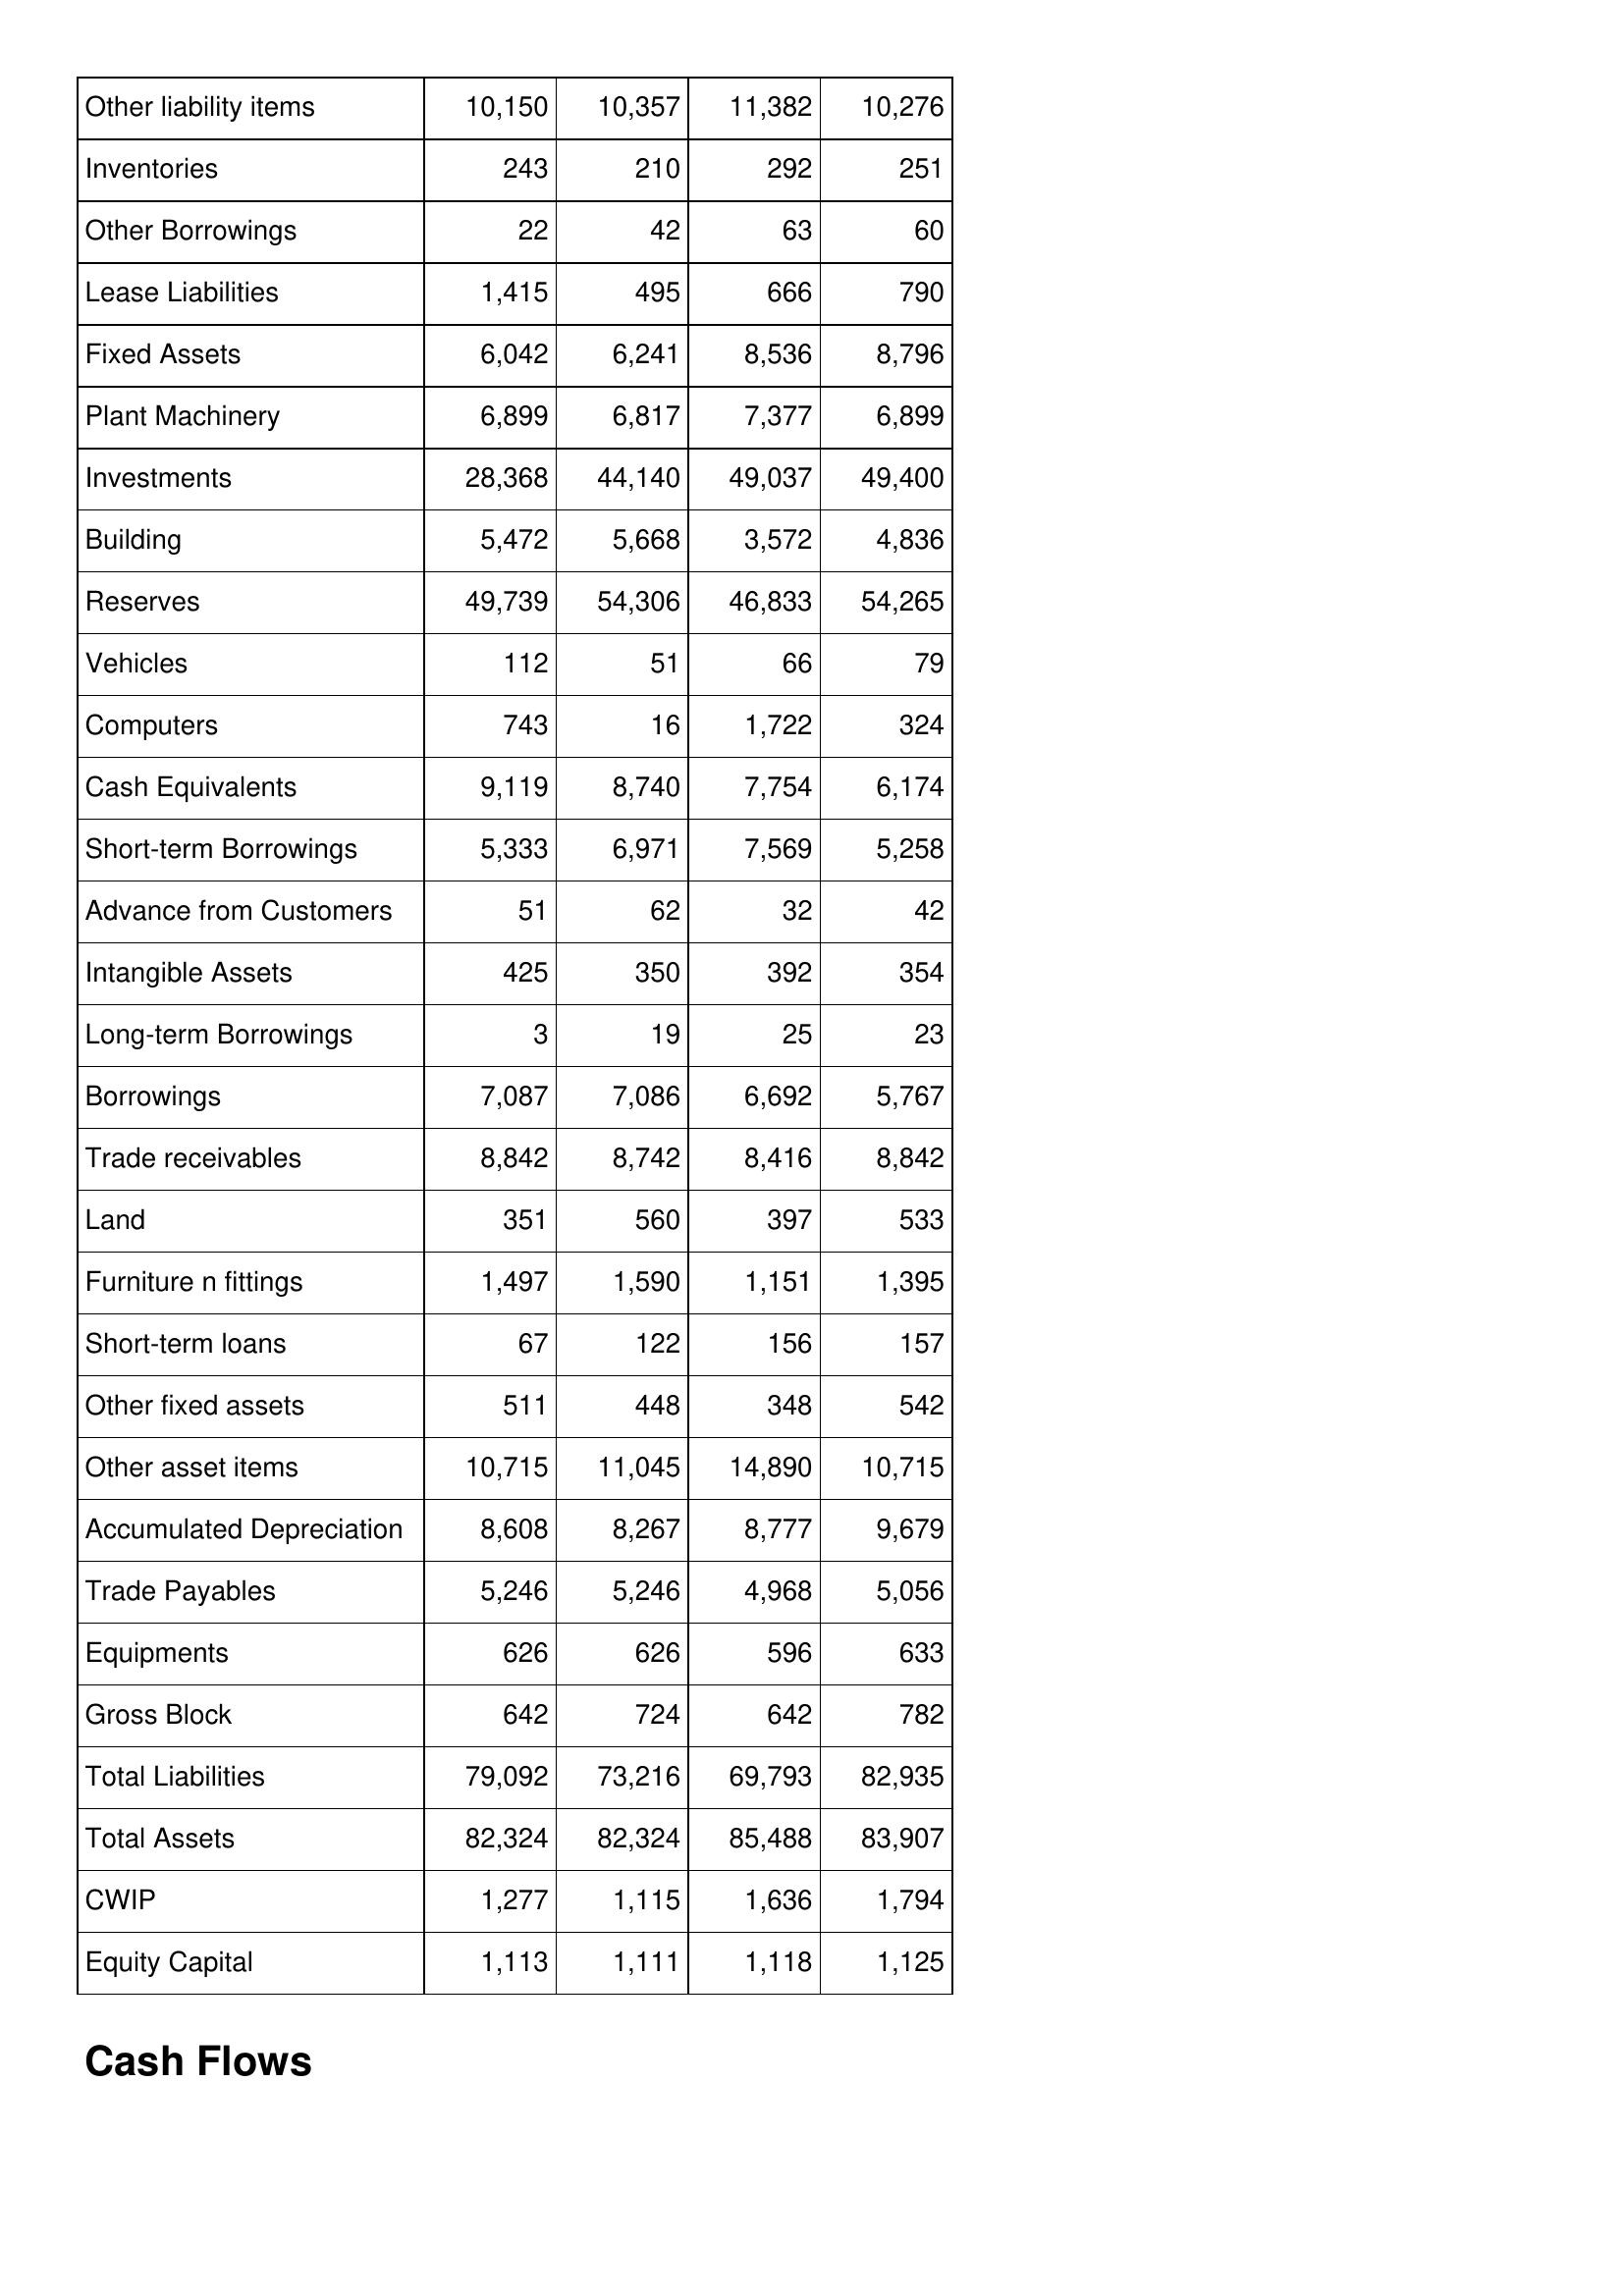
Mar-03: Balance Sheet: Other liability items: 10,150
Inventories: 243
Other Borrowings: 22
Lease Liabilities: 1,415
Fixed Assets: 6,042
Plant Machinery: 6,899
Investments: 28,368
Building: 5,472
Reserves: 49,739
Vehicles: 112
Computers: 743
Cash Equivalents: 9,119
Short-term Borrowings: 5,333
Advance from Customers: 51
Intangible Assets: 425
Long-term Borrowings: 3
Borrowings: 7,087
Trade receivables: 8,842
Land: 351
Furniture n fittings: 1,497
Short-term loans: 67
Other fixed assets: 511
Other asset items: 10,715
Accumulated Depreciation: 8,608
Trade Payables: 5,246
Equipments: 626
Gross Block: 642
Total Liabilities: 79,092
Total Assets: 82,324
CWIP: 1,277
Equity Capital: 1,113
Mar-02: Balance Sheet: Other liability items: 10,357
Inventories: 210
Other Borrowings: 42
Lease Liabilities: 495
Fixed Assets: 6,241
Plant Machinery: 6,817
Investments: 44,140
Building: 5,668
Reserves: 54,306
Vehicles: 51
Computers: 16
Cash Equivalents: 8,740
Short-term Borrowings: 6,971
Advance from Customers: 62
Intangible Assets: 350
Long-term Borrowings: 19
Borrowings: 7,086
Trade receivables: 8,742
Land: 560
Furniture n fittings: 1,590
Short-term loans: 122
Other fixed assets: 448
Other asset items: 11,045
Accumulated Depreciation: 8,267
Trade Payables: 5,246
Equipments: 626
Gross Block: 724
Total Liabilities: 73,216
Total Assets: 82,324
CWIP: 1,115
Equity Capital: 1,111
Mar-01: Balance Sheet: Other liability items: 11,382
Inventories: 292
Other Borrowings: 63
Lease Liabilities: 666
Fixed Assets: 8,536
Plant Machinery: 7,377
Investments: 49,037
Building: 3,572
Reserves: 46,833
Vehicles: 66
Computers: 1,722
Cash Equivalents: 7,754
Short-term Borrowings: 7,569
Advance from Customers: 32
Intangible Assets: 392
Long-term Borrowings: 25
Borrowings: 6,692
Trade receivables: 8,416
Land: 397
Furniture n fittings: 1,151
Short-term loans: 156
Other fixed assets: 348
Other asset items: 14,890
Accumulated Depreciation: 8,777
Trade Payables: 4,968
Equipments: 596
Gross Block: 642
Total Liabilities: 69,793
Total Assets: 85,488
CWIP: 1,636
Equity Capital: 1,118
Mar-00: Balance Sheet: Other liability items: 10,276
Inventories: 251
Other Borrowings: 60
Lease Liabilities: 790
Fixed Assets: 8,796
Plant Machinery: 6,899
Investments: 49,400
Building: 4,836
Reserves: 54,265
Vehicles: 79
Computers: 324
Cash Equivalents: 6,174
Short-term Borrowings: 5,258
Advance from Customers: 42
Intangible Assets: 354
Long-term Borrowings: 23
Borrowings: 5,767
Trade receivables: 8,842
Land: 533
Furniture n fittings: 1,395
Short-term loans: 157
Other fixed assets: 542
Other asset items: 10,715
Accumulated Depreciation: 9,679
Trade Payables: 5,056
Equipments: 633
Gross Block: 782
Total Liabilities: 82,935
Total Assets: 83,907
CWIP: 1,794
Equity Capital: 1,125